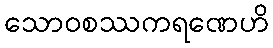
သောဝစဿကရဏေဟိ